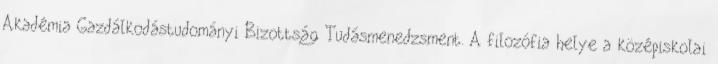
Akadémia Gazdálkodástudományi Bizottság Tudásmenedzsment. A filozófia helye a középiskolai